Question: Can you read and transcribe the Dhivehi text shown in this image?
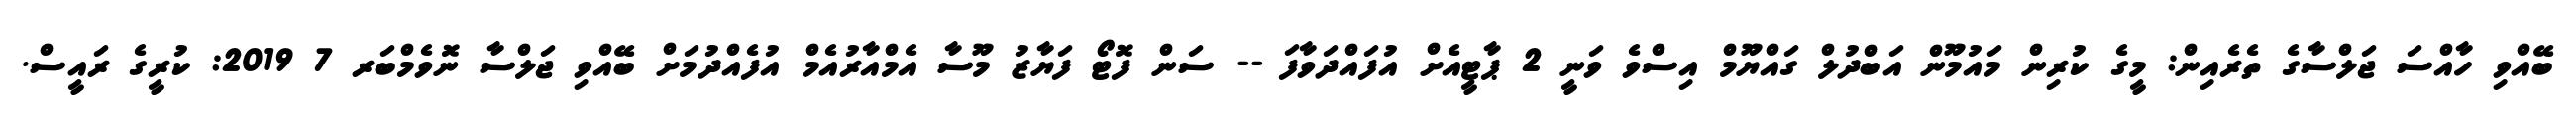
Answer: ބޭއްވި ހާއްސަ ޖަލްސާގެ ތެރެއިން: މީގެ ކުރިން މައުމޫން އަބްދުލް ގައްޔޫމް އިސްވެ ވަނީ 2 ޕާޓީއެށް އުފައްދަވާފަ -- ސަން ފޮޓޯ ފަޔާޒު މޫސާ އެމްއާރުއެމް އުފެއްދުމަށް ބޭއްވި ޖަލްސާ ނޮވެމްބަރ 7 2019: ކުރީގެ ރައީސް.